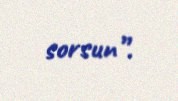
sorsun”.